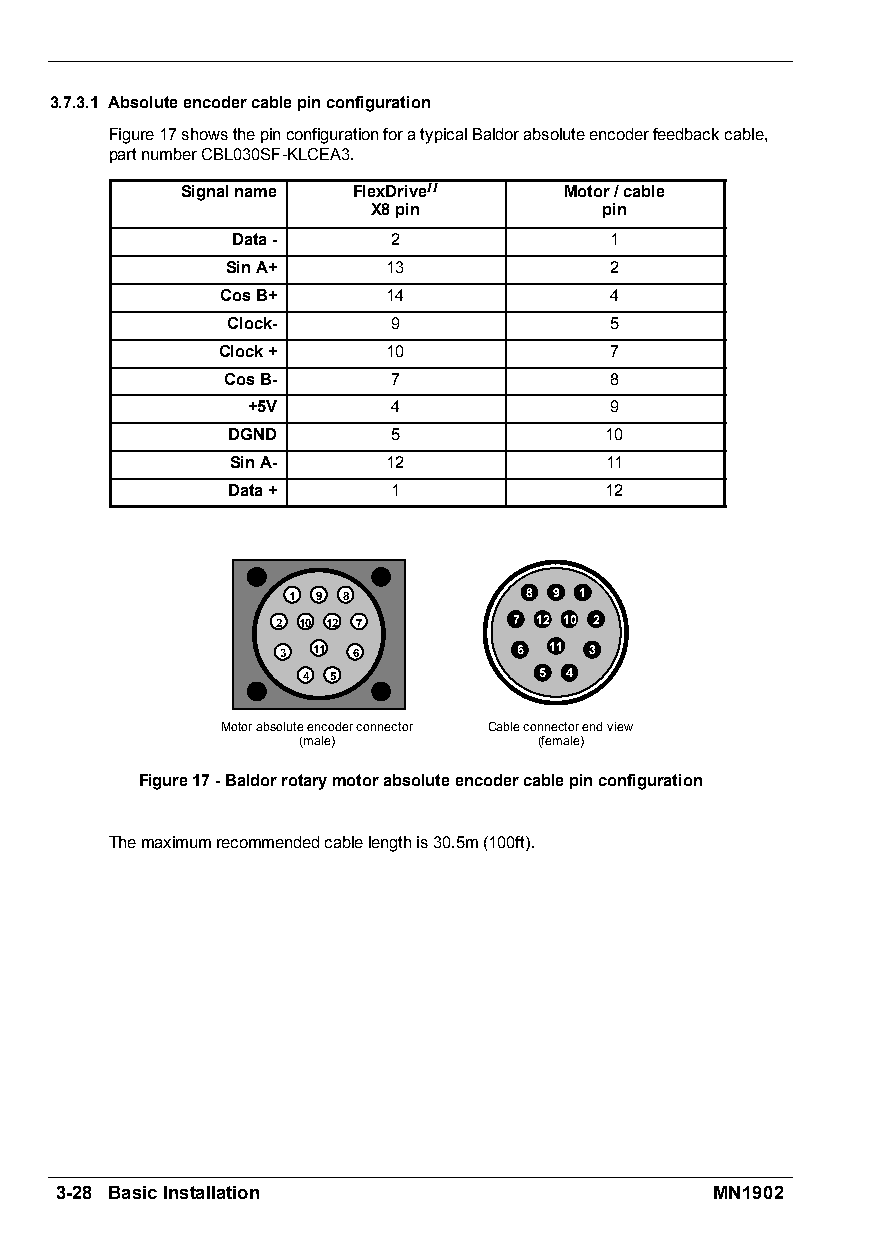
3.7.3.1 Absoluteencodercablepinconfiguration
 Figure17showsthepinconfigurationforatypicalBaldorabsoluteencoderfeedbackcable,
 partnumberCBL030SF-KLCEA3.
 Signalname FlexDriveII   Motor/cable
 X8pin          pin
 Data-      2             1
 SinA+      13            2
 CosB+      14            4
 Clock-     9             5
 Clock+      10            7
 CosB-      7             8
 +5V       4             9
 DGND       5             10
 SinA-      12            11
 Data+      1             12
 1 9 8           8 9 1
 2 10 12 7       7 12 10 2
 3 11 6         6 11 3
 4 5             5 4
 Motorabsoluteencoderconnector Cableconnectorendview
 (male)          (female)
 Figure17-Baldorrotarymotorabsoluteencodercablepinconfiguration
 Themaximumrecommendedcablelengthis30.5m(100ft).
 3-28 BasicInstallation                     MN1902